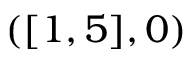
( [ 1 , 5 ] , 0 )